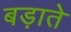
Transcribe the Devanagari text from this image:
बड़ाते